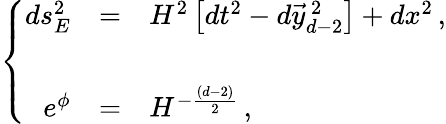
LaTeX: \left\{ \begin{array}{rcl}{{ds_{E}^{2}}}&{{=}}&{{H^{2}\left[dt^{2}-d\vec{y}_{d-2}^{\ 2}\right]+dx^{2}\, ,}}\\ {{}}&{{}}&{{}}\\ {{e^{\phi}}}&{{=}}&{{H^{-\frac{(d-2)}{2}}\, ,}}\end{array}\right.